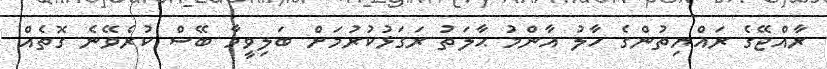
ރާއްޖޭގެ ރައްޔިތުންގެ ހާލު އާންމު ޙާލަތު ރަގަޅުކުރުމަށް ބަލިވީމާ ބޭސް ކުރެވޭނެ ގޮތެއް